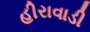
હીરાવાડી